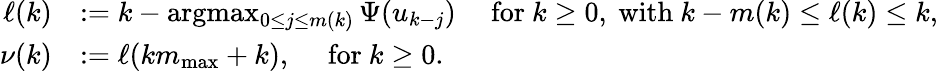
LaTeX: \begin{array}{rl}{\ell(k)}&{:=k-\arg\! \operatorname*{max}_{0\leq j\leq m(k)}{\Psi}(u_{k-j})\quad\mathrm{~for~}k\geq 0,\mathrm{~with~}k-m(k)\leq\ell(k)\leq k,}\\ {\nu(k)}&{:=\ell(k{m_{\mathrm{max}}}+k),\quad\mathrm{~for~}k\geq 0.}\end{array}